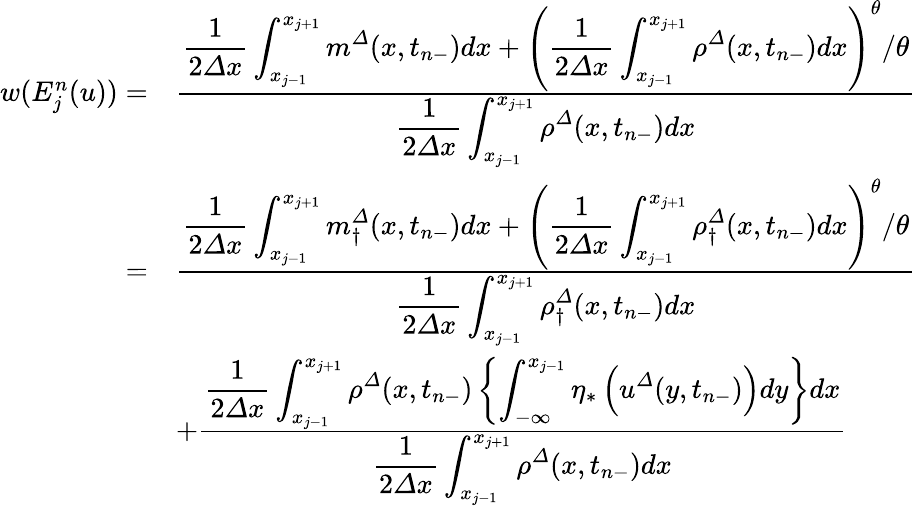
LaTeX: \begin{array}{rl}{w(E_{j}^{n}(u))=}&{\frac{\displaystyle\frac 1{2{\varDelta}x}\int_{x_{j-1}}^{x_{j+1}}m^{\varDelta}(x,t_{n-})dx+\left(\frac 1{2{\varDelta}x}\int_{x_{j-1}}^{x_{j+1}}{\rho}^{\varDelta}(x,t_{n-})dx\right)^{\theta}/\theta}{\displaystyle\frac 1{2{\varDelta}x}\int_{x_{j-1}}^{x_{j+1}}{\rho}^{\varDelta}(x,t_{n-})dx}}\\ {=}&{\frac{\displaystyle\frac 1{2{\varDelta}x}\int_{x_{j-1}}^{x_{j+1}}{m}_{\dagger}^{\varDelta}(x,t_{n-})dx+\left(\frac 1{2{\varDelta}x}\int_{x_{j-1}}^{x_{j+1}}{\rho}_{\dagger}^{\varDelta}(x,t_{n-})dx\right)^{\theta}/\theta}{\displaystyle\frac 1{2{\varDelta}x}\int_{x_{j-1}}^{x_{j+1}}{\rho}_{\dagger}^{\varDelta}(x,t_{n-})dx}}\\ &{+\frac{\displaystyle\frac 1{2{\varDelta}x}\int_{x_{j-1}}^{x_{j+1}}{\rho}^{\varDelta}(x,t_{n-})\left\{ \int_{-\infty}^{x_{j-1}}\eta_{\ast}\left({u}^{\varDelta}(y,t_{n-})\right)dy\right\} dx}{\displaystyle\frac 1{2{\varDelta}x}\int_{x_{j-1}}^{x_{j+1}}{\rho}^{\varDelta}(x,t_{n-})dx}}\end{array}